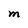
Character: M